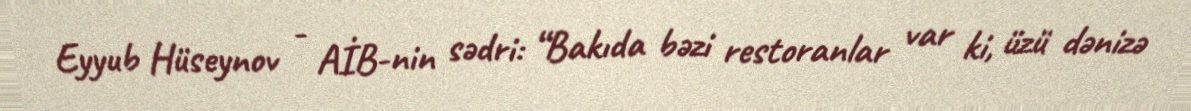
Eyyub Hüseynov - AİB-nin sədri: “Bakıda bəzi restoranlar var ki, üzü dənizə